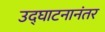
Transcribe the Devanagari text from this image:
उद्‌घाटनानंतर